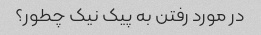
در مورد رفتن به پیک نیک چطور؟